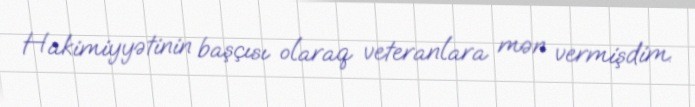
Hakimiyyətinin başçısı olaraq veteranlara mən vermişdim.